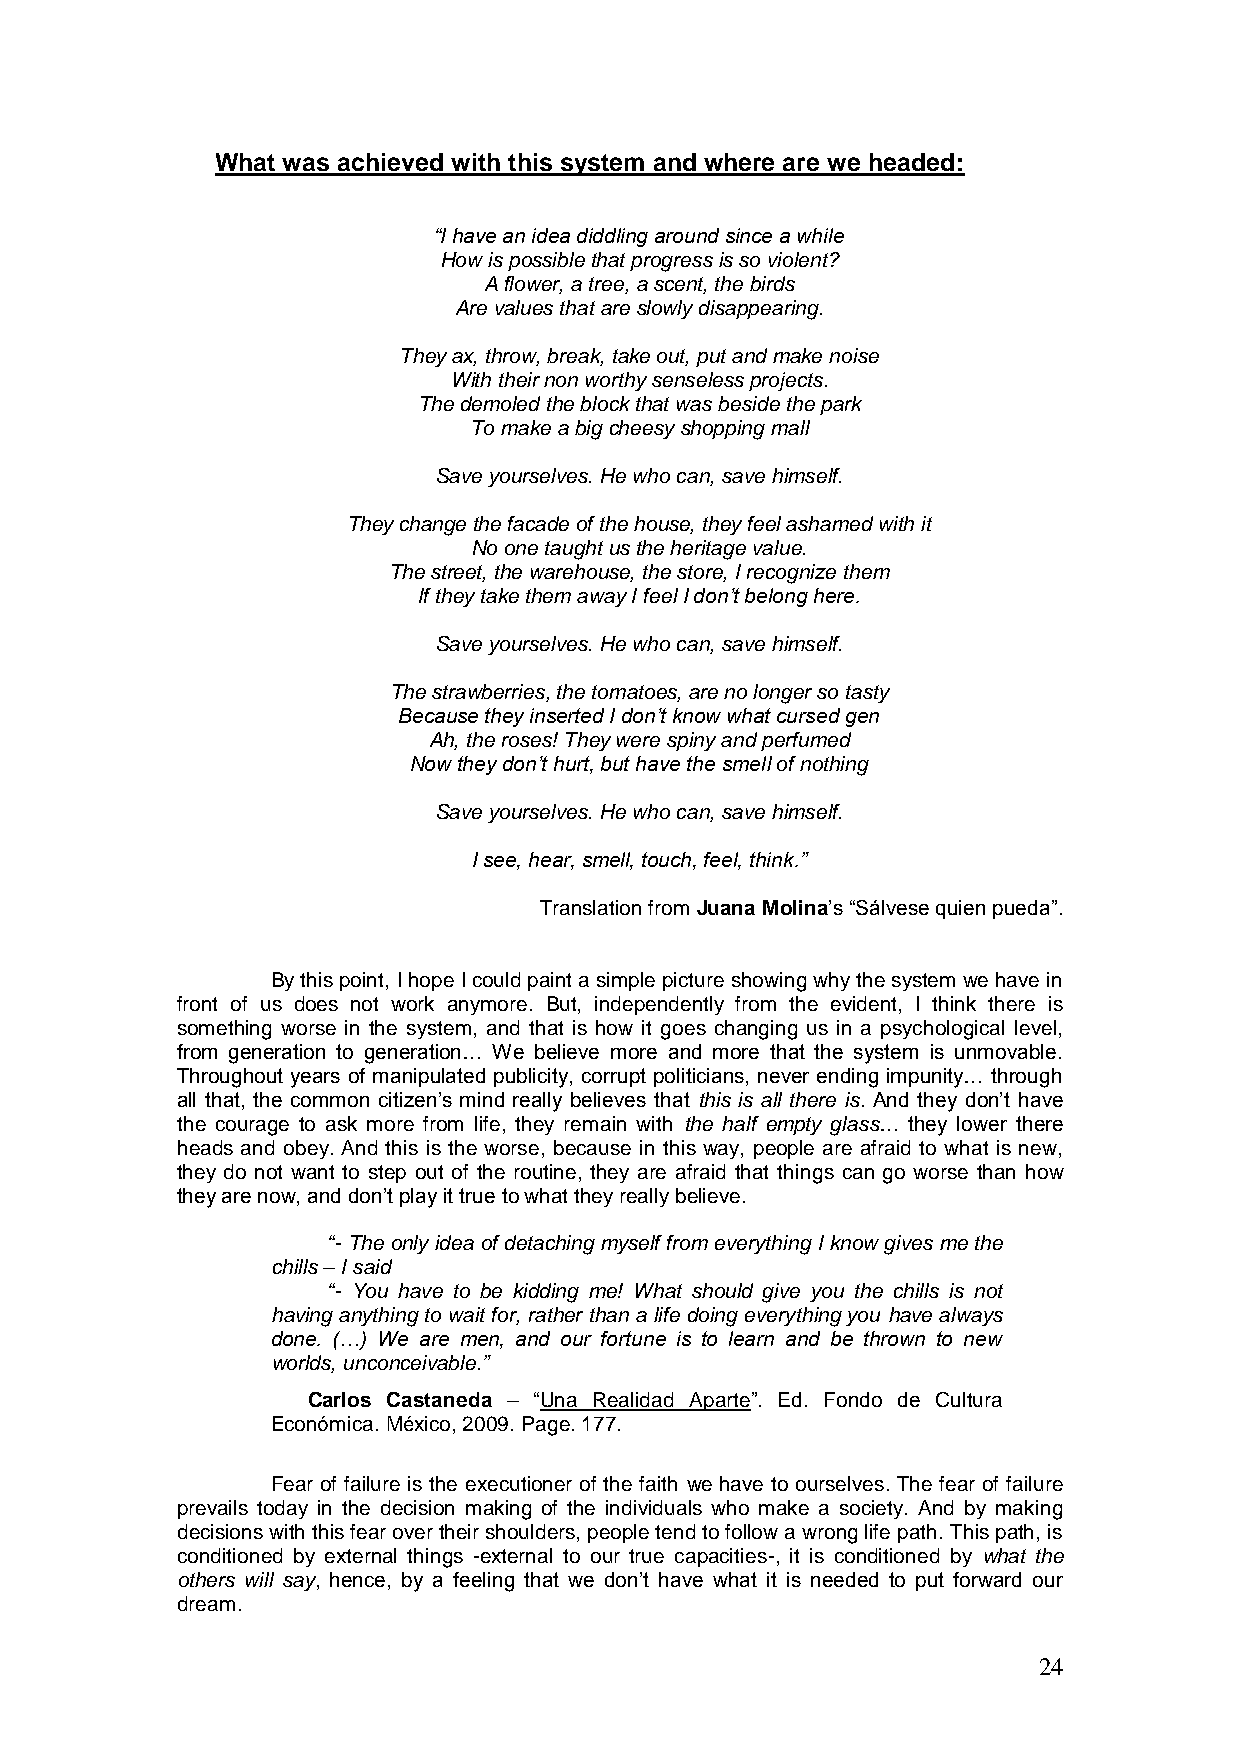
What was achieved with this system and where are we headed:
 “I have an idea diddling around since a while
 How is possible that progress is so violent?
 A flower, a tree, a scent, the birds
 Are values that are slowly disappearing.
 They ax, throw, break, take out, put and make noise
 With their non worthy senseless projects.
 The demoled the block that was beside the park
 To make a big cheesy shopping mall
 Save yourselves. He who can, save himself.
 They change the facade of the house, they feel ashamed with it
 No one taught us the heritage value.
 The street, the warehouse, the store, I recognize them
 If they take them away I feel I don‟t belong here.
 Save yourselves. He who can, save himself.
 The strawberries, the tomatoes, are no longer so tasty
 Because they inserted I don‟t know what cursed gen
 Ah, the roses! They were spiny and perfumed
 Now they don‟t hurt, but have the smell of nothing
 Save yourselves. He who can, save himself.
 I see, hear, smell, touch, feel, think.”
 Translation from Juana Molina’s ―Sálvese quien pueda‖.
 By this point, I hope I could paint a simple picture showing why the system we have in
 front of us does not work anymore. But, independently from the evident, I think there is
 something worse in the system, and that is how it goes changing us in a psychological level,
 from generation to generation… We believe more and more that the system is unmovable.
 Throughout years of manipulated publicity, corrupt politicians, never ending impunity… through
 all that, the common citizen’s mind really believes that this is all there is. And they don’t have
 the courage to ask more from life, they remain with the half empty glass… they lower there
 heads and obey. And this is the worse, because in this way, people are afraid to what is new,
 they do not want to step out of the routine, they are afraid that things can go worse than how
 they are now, and don’t play it true to what they really believe.
 “- The only idea of detaching myself from everything I know gives me the
 chills – I said
 “- You have to be kidding me! What should give you the chills is not
 having anything to wait for, rather than a life doing everything you have always
 done. (…) We are men, and our fortune is to learn and be thrown to new
 worlds, unconceivable.”
 Carlos Castaneda – ―Una Realidad Aparte‖. Ed. Fondo de Cultura
 Económica. México, 2009. Page. 177.
 Fear of failure is the executioner of the faith we have to ourselves. The fear of failure
 prevails today in the decision making of the individuals who make a society. And by making
 decisions with this fear over their shoulders, people tend to follow a wrong life path. This path, is
 conditioned by external things -external to our true capacities-, it is conditioned by what the
 others will say, hence, by a feeling that we don’t have what it is needed to put forward our
 dream.
 24